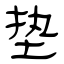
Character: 垫